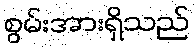
စွမ်းအားရှိသည်